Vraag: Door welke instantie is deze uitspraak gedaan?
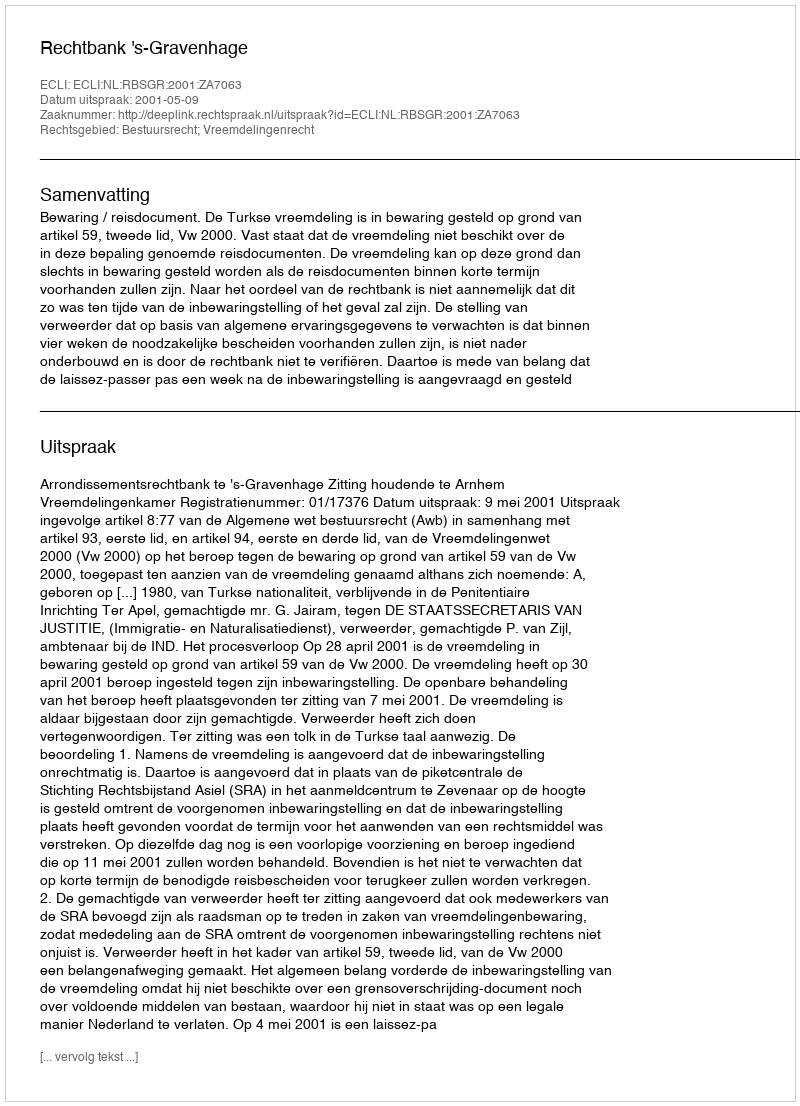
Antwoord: Rechtbank 's-Gravenhage